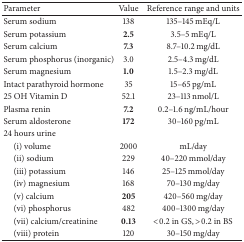
<table><thead><tr><td><b>Parameter</b></td><td><b>Value</b></td><td><b>Reference range and units</b></td></tr></thead><tbody><tr><td>Serum sodium</td><td>138</td><td>135–145 mEq/L</td></tr><tr><td>Serum potassium</td><td><b>2.5</b></td><td>3.5–5 mEq/L</td></tr><tr><td>Serum calcium</td><td><b>7.3</b></td><td>8.7–10.2 mg/dL</td></tr><tr><td>Serum phosphorus (inorganic)</td><td>3.0</td><td>2.5–4.3 mg/dL</td></tr><tr><td>Serum magnesium</td><td><b>1.0</b></td><td>1.5–2.3 mg/dL</td></tr><tr><td>Intact parathyroid hormone</td><td>35</td><td>15–65 pg/mL</td></tr><tr><td>25 OH Vitamin D</td><td>52.1</td><td>23–113 nmol/L</td></tr><tr><td>Plasma renin</td><td><b>7.2</b></td><td>0.2–1.6 ng/mL/hour</td></tr><tr><td>Serum aldosterone</td><td><b>172</b></td><td>30–160 pg/mL</td></tr><tr><td>24 hours urine </td><td> </td><td> </td></tr><tr><td> (i) volume </td><td>2000 </td><td>mL/day</td></tr><tr><td> (ii) sodium</td><td>229</td><td>40–220 mmol/day</td></tr><tr><td> (iii) potassium</td><td>146</td><td>25–125 mmol/day</td></tr><tr><td> (iv) magnesium</td><td>168</td><td>70–130 mg/day</td></tr><tr><td> (v) calcium</td><td><b>205</b></td><td>420–560 mg/day</td></tr><tr><td> (vi) phosphorus</td><td>482</td><td>400–1300 mg/day</td></tr><tr><td> (vii) calcium/creatinine</td><td><b>0.13</b></td><td>&lt;0.2 in GS, &gt;0.2 in BS</td></tr><tr><td> (viii) protein</td><td>120</td><td>30–150 mg/day</td></tr></tbody></table>